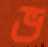
ভ